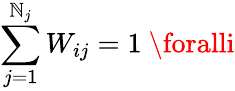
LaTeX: \sum_{j=1}^{\mathbb{N}_{j}}W_{ij}=1\ \foralli